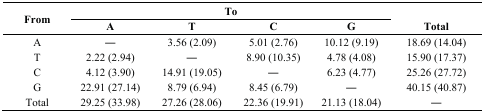
<table><thead><tr><td rowspan="2"><b>From</b></td><td colspan="4"><b>To</b></td><td></td></tr><tr><td><b>A</b></td><td><b>T</b></td><td><b>C</b></td><td><b>G</b></td><td><b>Total</b></td></tr></thead><tbody><tr><td>A</td><td>―</td><td>3.56 (2.09)</td><td>5.01 (2.76)</td><td>10.12 (9.19)</td><td>18.69 (14.04)</td></tr><tr><td>T</td><td>2.22 (2.94)</td><td>―</td><td>8.90 (10.35)</td><td>4.78 (4.08)</td><td>15.90 (17.37)</td></tr><tr><td>C</td><td>4.12 (3.90)</td><td>14.91 (19.05)</td><td>―</td><td>6.23 (4.77)</td><td>25.26 (27.72)</td></tr><tr><td>G</td><td>22.91 (27.14)</td><td>8.79 (6.94)</td><td>8.45 (6.79)</td><td>―</td><td>40.15 (40.87)</td></tr><tr><td>Total</td><td>29.25 (33.98)</td><td>27.26 (28.06)</td><td>22.36 (19.91)</td><td>21.13 (18.04)</td><td>―</td></tr></tbody></table>